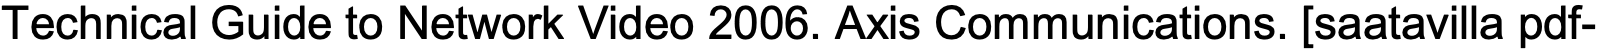
Technical Guide to Network Video 2006. Axis Communications. [saatavilla pdf-